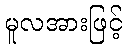
မူလအားဖြင့်